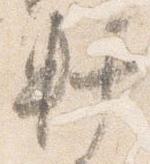
軒